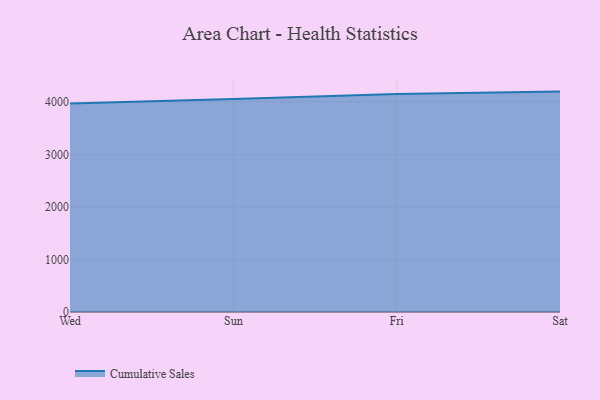
{"axis": {"x": "Day", "y": "Humidity (%)"}, "legend": ["Cumulative Sales"], "data": [{"x": "Wed", "y": 3967.1, "type": "Cumulative Sales"}, {"x": "Sun", "y": 4050.0, "type": "Cumulative Sales"}, {"x": "Fri", "y": 4149.2, "type": "Cumulative Sales"}, {"x": "Sat", "y": 4192.7, "type": "Cumulative Sales"}]}